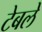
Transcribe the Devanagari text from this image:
टेबले